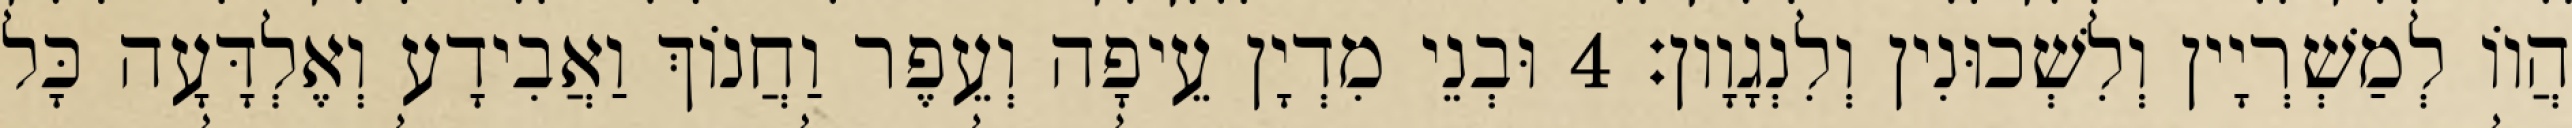
הֲווֹ לְמַשְׁרְיָין וְלִשְׁכוּנִין וְלִנְגָוָון׃ 4 וּבְנֵי מִדְיָן עֵיפָה וְעֵפֶר וַחֲנוֹךְ וַאֲבִידָע וְאֶלְדָּעָה כָּל